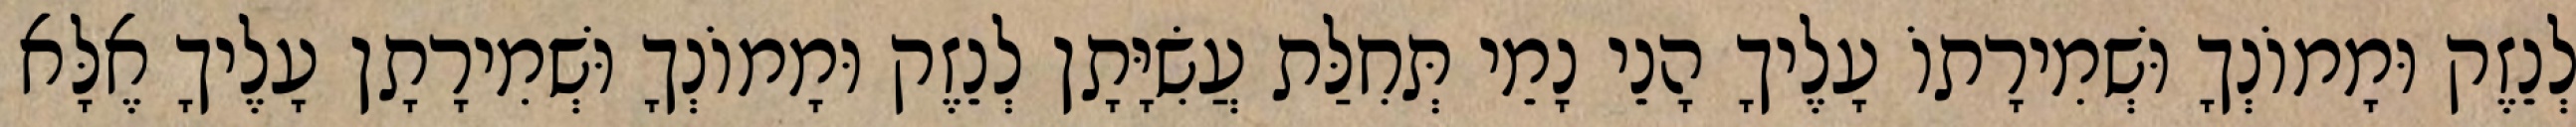
לְנֵזֶק וּמָמוֹנְךָ וּשְׁמִירָתוֹ עָלֶיךָ הָנֵי נָמֵי תְּחִלַּת עֲשִׂיָּתָן לְנֵזֶק וּמָמוֹנְךָ וּשְׁמִירָתָן עָלֶיךָ אֶלָּא